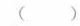
（）